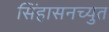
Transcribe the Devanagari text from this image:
सिंहासनच्युत